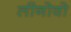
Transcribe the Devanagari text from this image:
लीनोवो